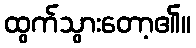
ထွက်သွားတော့၏။